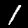
Digit: 1